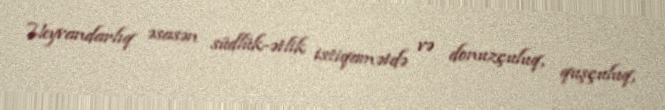
Heyvandarlıq əsasən südlük-ətlik istiqamətdə və donuzçuluq, quşçuluq,